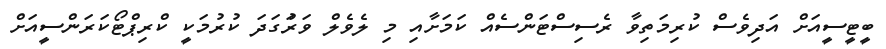
ބީޓީސީއަށް އަދިވެސް ކުރިމަތިވާ ރެސިސްޓަންސެއް ކަމަށާއި މި ލެވެލް ވަރަުގަދަ ކުރުމަކީ ކްރިޕްޓޯކަރަންސީއަށް